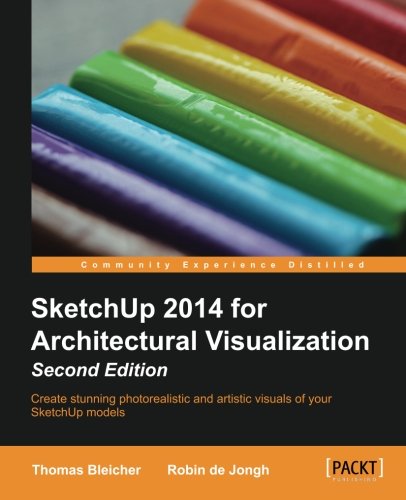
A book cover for SketchUp 2014 for Architectural Visualization; Thomas Bleicher; Computers & Technology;